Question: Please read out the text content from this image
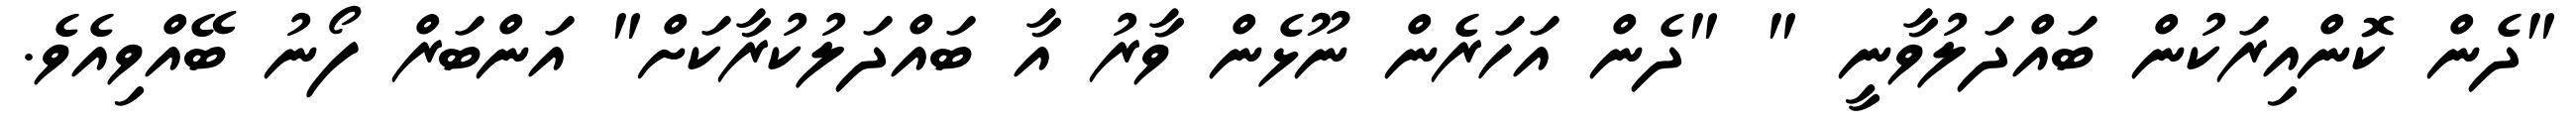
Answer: "ދެން ކޮންއިރަކުން ބައްދަލުވާނީ " "ދެން އަހަރެން ނޫޅެން ވާރު އާ ބައްދަލުކުރާކަށް" އަންބަރް ފޯނު ބޭއްވިއެވެ.